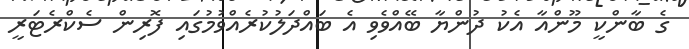
ގެ ބާންކީ މޫންއާ އެކު ދުންޔާ ބޭއްވެވި އެ ބައްދަލުކުރެއްވުމުގައި ފޮރިން ސެކްރެޓަރީ